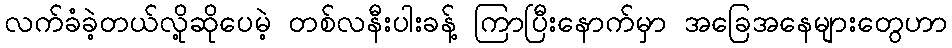
လက်ခံခဲ့တယ်လို့ဆိုပေမဲ့ တစ်လနီးပါးခန့် ကြာပြီးနောက်မှာ အခြေအနေများတွေဟာ